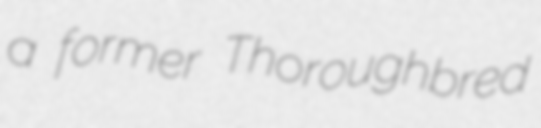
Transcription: a former Thoroughbred